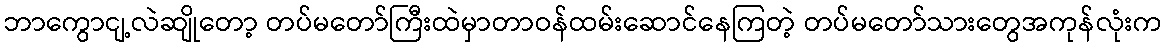
ဘာကွောငျ့လဲဆျိုတော့ တပ်မတော်ကြီးထဲမှာတာဝန်ထမ်းဆောင်နေကြတဲ့ တပ်မတော်သားတွေအကုန်လုံးက